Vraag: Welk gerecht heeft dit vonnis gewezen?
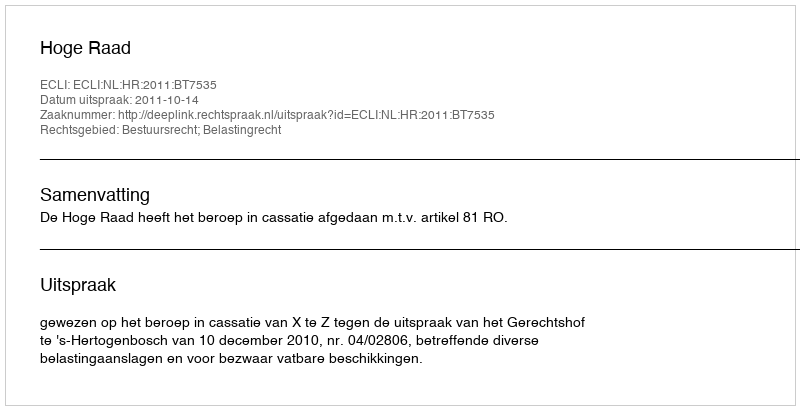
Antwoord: Hoge Raad